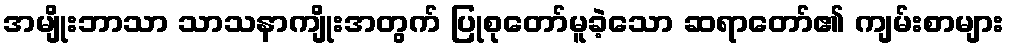
အမျိုးဘာသာ သာသနာကျိုးအတွက် ပြုစုတော်မူခဲ့သော ဆရာတော်၏ ကျမ်းစာများ